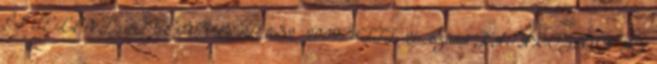
ÉS TELEVÍZIÓ TESTÜLET. 1632 2009. VIII. 26. számú HATÁROZATA AZ